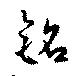
銘